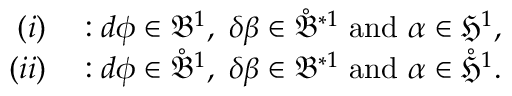
\begin{array} { r l } { ( i ) } & { { } : d \phi \in \mathfrak { B } ^ { 1 } , \ \delta \beta \in \mathring { \mathfrak { B } } ^ { \ast 1 } \ \mathrm { a n d } \ \alpha \in \mathfrak { H } ^ { 1 } , } \\ { ( i i ) } & { { } : d \phi \in \mathring { \mathfrak { B } } ^ { 1 } , \ \delta \beta \in \mathfrak { B } ^ { \ast 1 } \ \mathrm { a n d } \ \alpha \in \mathring { \mathfrak { H } } ^ { 1 } . } \end{array}